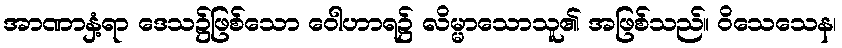
အာဏာနှံ့ရာ ဒေသ၌ဖြစ်သော ဝေါဟာရ၌ လိမ္မာသောသူ၏ အဖြစ်သည်။ ဝိသေသေန၊